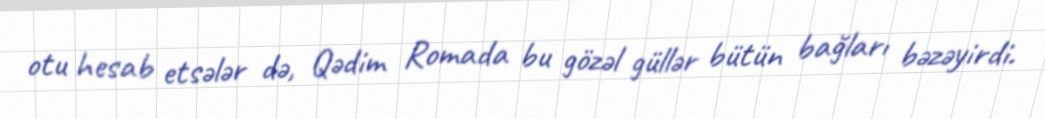
otu hesab etsələr də, Qədim Romada bu gözəl güllər bütün bağları bəzəyirdi.